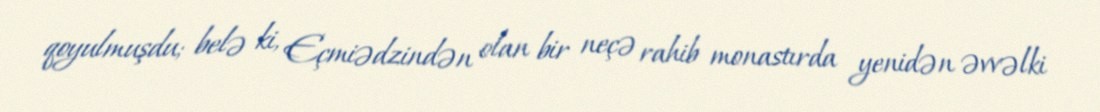
qoyulmuşdu; belə ki, Eçmiədzindən olan bir neçə rahib monastırda yenidən əvvəlki